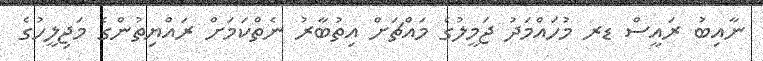
ނާއިބު ރައީސް ޑރ މުހައްމަދު ޖަމީލުގެ މައްޗަށް އިތުބާރު ނެތްކަމަށް ރައްޔިތުންގެ މަޖިލީހުގެ